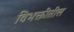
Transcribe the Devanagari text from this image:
विभक्तीतील